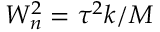
W _ { n } ^ { 2 } = \tau ^ { 2 } k / M